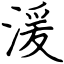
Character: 湲